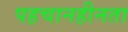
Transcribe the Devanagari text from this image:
पहचानहीनता